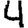
Digit: 4